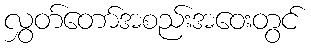
လွှတ်တော်အစည်းအဝေးတွင်